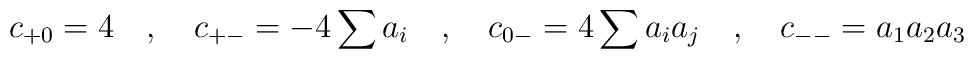
c_{+0} = 4 \quad ,\quad c_{+-} = -4 \sum a_i \quad ,\quad c_{0-}	= 4 \sum a_i a_j \quad ,\quad c_{--} = a_1 a_2 a_3